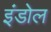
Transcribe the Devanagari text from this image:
इंडोल